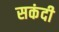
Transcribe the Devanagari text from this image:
सकंदी